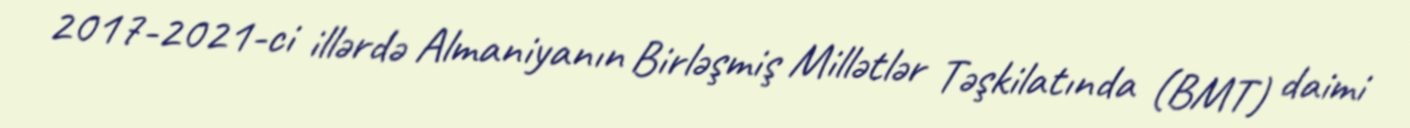
2017-2021-ci illərdə Almaniyanın Birləşmiş Millətlər Təşkilatında (BMT) daimi